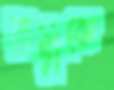
রাঢ়ীকে